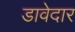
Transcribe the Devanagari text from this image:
डावेदार